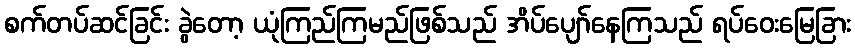
စက်တပ်ဆင်ခြင်း ခွဲတော့ ယုံကြည်ကြမည်ဖြစ်သည် အိပ်ပျော်နေကြသည် ရပ်ဝေးမြေခြား